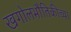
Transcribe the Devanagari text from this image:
खगोलभौतिकीच्या